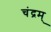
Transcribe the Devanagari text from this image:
चंद्रम्